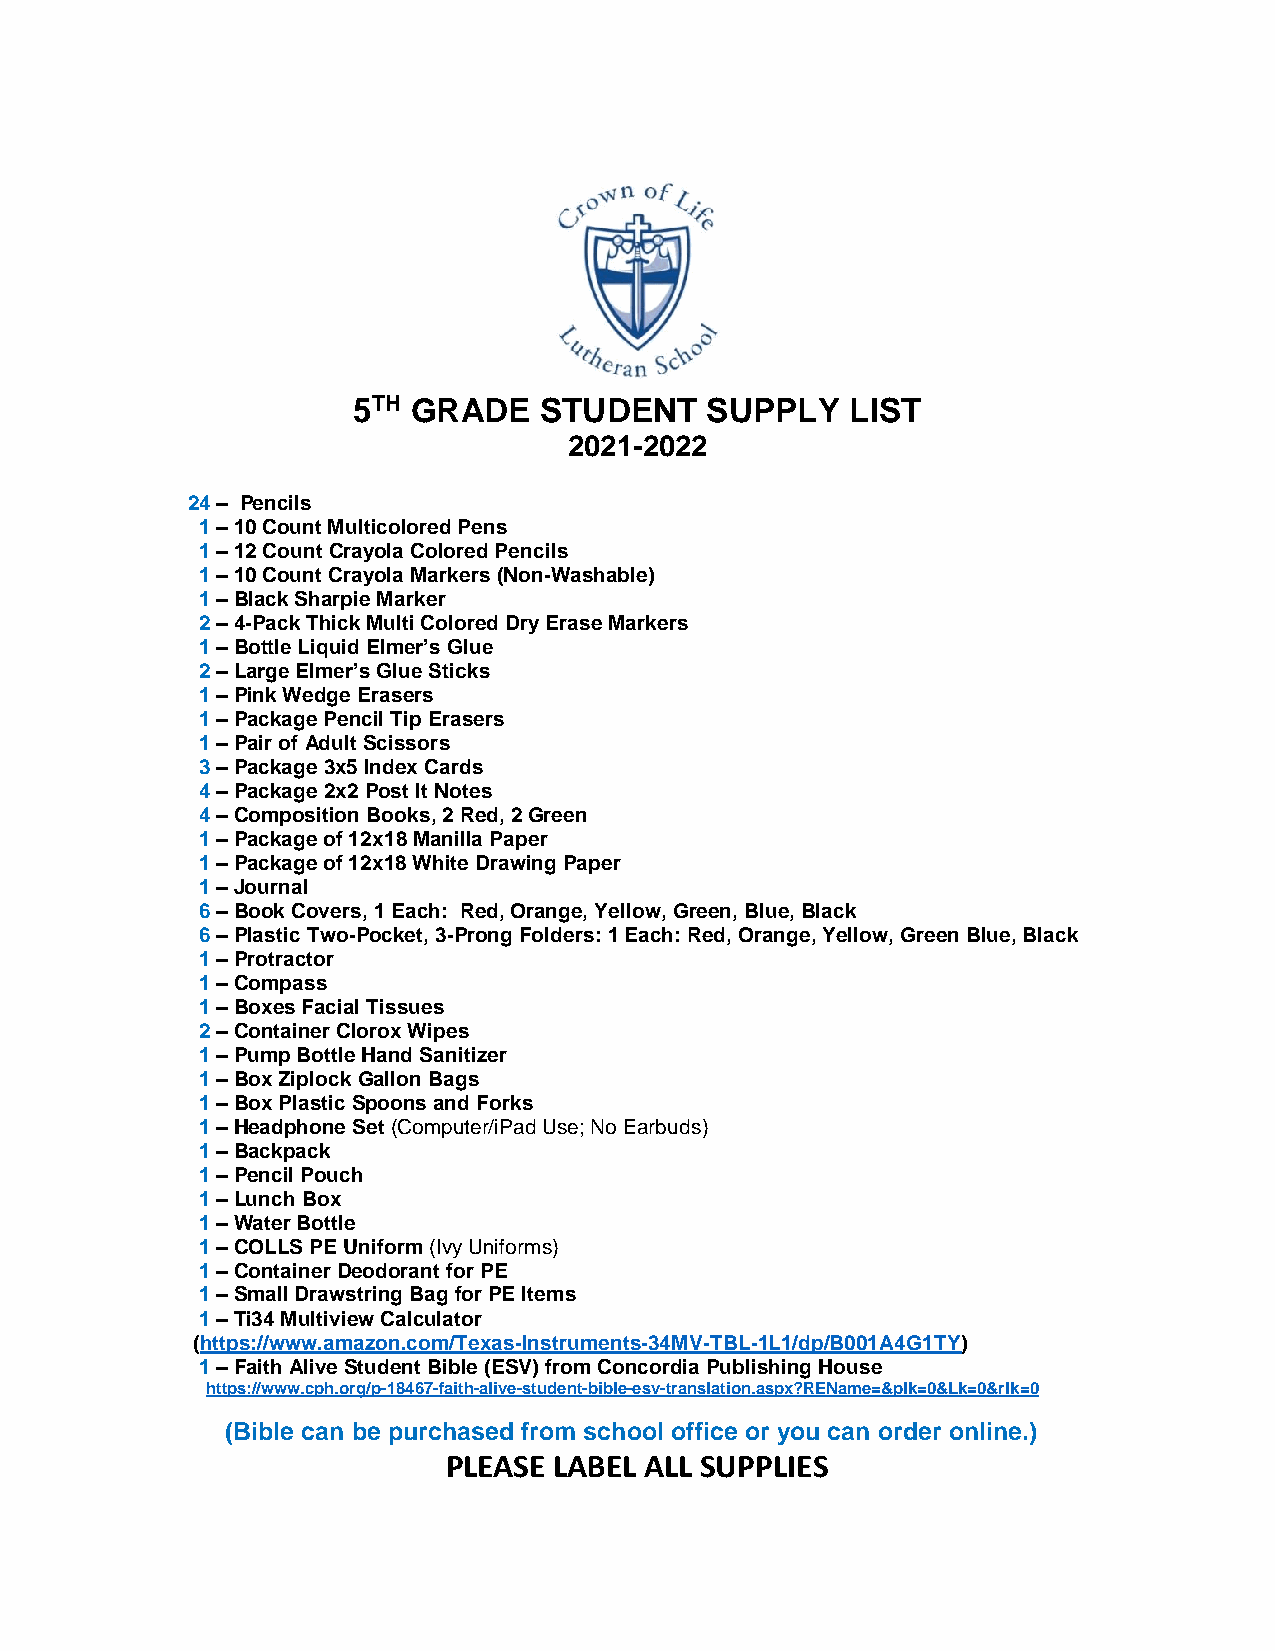
5TH GRADE    STUDENT    SUPPLY   LIST
 2021-2022
 24 – Pencils
 1 – 10 Count Multicolored Pens
 1 – 12 Count Crayola Colored Pencils
 1 – 10 Count Crayola Markers (Non-Washable)
 1 – Black Sharpie Marker
 2 – 4-Pack Thick Multi Colored Dry Erase Markers
 1 – Bottle Liquid Elmer’s Glue
 2 – Large Elmer’s Glue Sticks
 1 – Pink Wedge Erasers
 1 – Package Pencil Tip Erasers
 1 – Pair of Adult Scissors
 3 – Package 3x5 Index Cards
 4 – Package 2x2 Post It Notes
 4 – Composition Books, 2 Red, 2 Green
 1 – Package of 12x18 Manilla Paper
 1 – Package of 12x18 White Drawing Paper
 1 – Journal
 6 – Book Covers, 1 Each: Red, Orange, Yellow, Green, Blue, Black
 6 – Plastic Two-Pocket, 3-Prong Folders: 1 Each: Red, Orange, Yellow, Green Blue, Black
 1 – Protractor
 1 – Compass
 1 – Boxes Facial Tissues
 2 – Container Clorox Wipes
 1 – Pump Bottle Hand Sanitizer
 1 – Box Ziplock Gallon Bags
 1 – Box Plastic Spoons and Forks
 1 – Headphone Set (Computer/iPad Use; No Earbuds)
 1 – Backpack
 1 – Pencil Pouch
 1 – Lunch Box
 1 – Water Bottle
 1 – COLLS PE Uniform (Ivy Uniforms)
 1 – Container Deodorant for PE
 1 – Small Drawstring Bag for PE Items
 1 – Ti34 Multiview Calculator
 (https://www.amazon.com/Texas-Instruments-34MV-TBL-1L1/dp/B001A4G1TY)
 1 – Faith Alive Student Bible (ESV) from Concordia Publishing House
 https://www.cph.org/p-18467-faith-alive-student-bible-esv-translation.aspx?REName=&plk=0&Lk=0&rlk=0
 (Bible can be purchased from school office or you can order online.)
 PLEASE LABEL ALL SUPPLIES